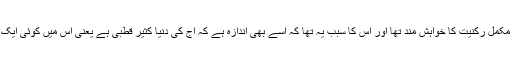
بھارت شنگھائی تعاون تنظیم کی مکمل رکنیت کا خواہش مند تھا اور اس کا سبب یہ تھا کہ اُسے بھی اندازہ ہے کہ آج کی دنیا کثیر قطبی ہے یعنی اِس میں کوئی ایک قوت تمام امور پر متصرف نہیں۔